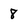
Character: 8